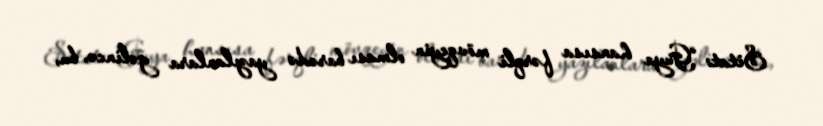
Sitat: “Guya hansısa fərqli mövqeyin olması barədə yazılanlara gəlincə, bu,